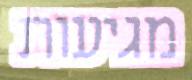
מגיעות